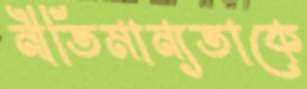
নীতিমান্যতাকে